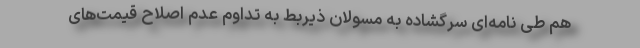
هم طی نامه‌ای سرگشاده به مسولان ذیربط به تداوم عدم اصلاح قیمت‌های